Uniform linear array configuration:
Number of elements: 48
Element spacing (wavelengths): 0.75
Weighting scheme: uniform
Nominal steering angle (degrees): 60
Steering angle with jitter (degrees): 59.39
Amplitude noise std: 0.05
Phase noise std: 0.05

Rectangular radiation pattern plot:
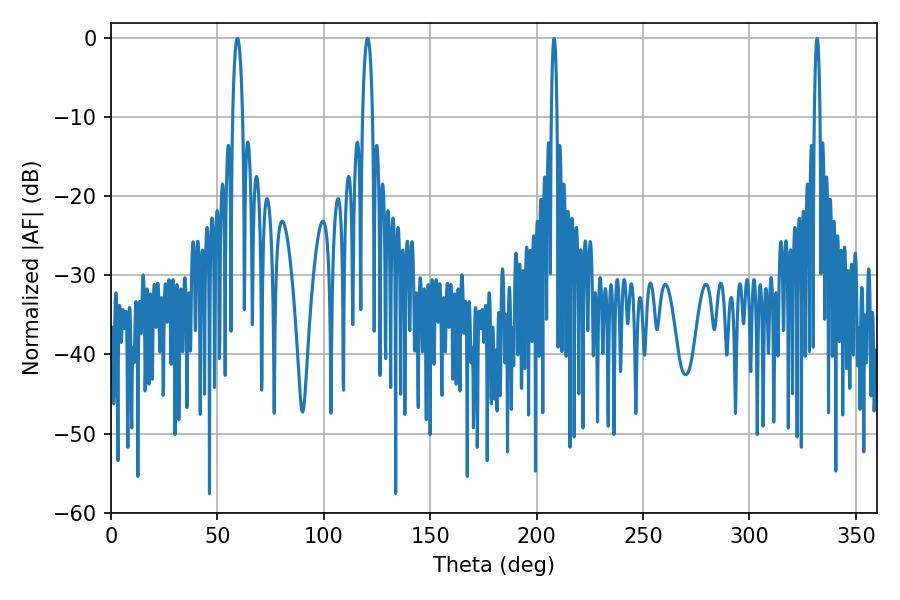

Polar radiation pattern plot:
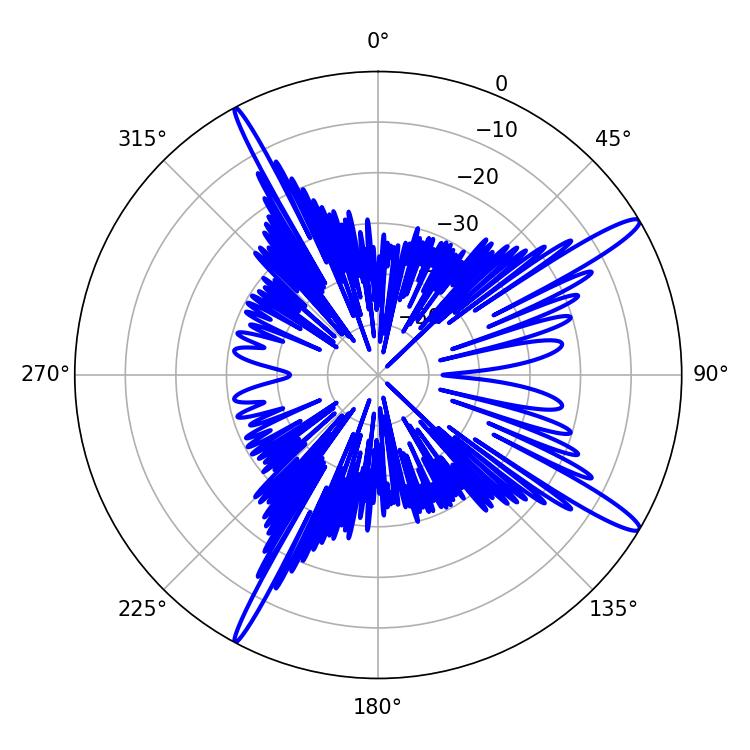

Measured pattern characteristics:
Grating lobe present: TRUE
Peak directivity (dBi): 14.94
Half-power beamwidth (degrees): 2.52
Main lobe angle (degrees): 59.4